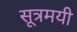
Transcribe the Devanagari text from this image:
सूत्रमयी